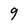
Character: 9